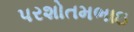
પરશોતમભાઇ